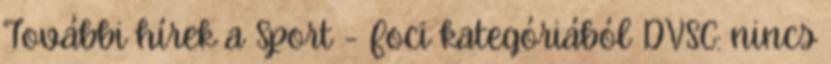
További hírek a Sport - Foci kategóriából DVSC: nincs